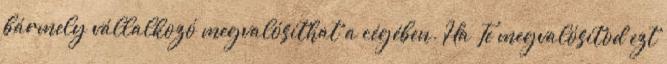
bármely vállalkozó megvalósíthat a cégében. Ha Te megvalósítod ezt